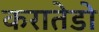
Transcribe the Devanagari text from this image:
करातेडो